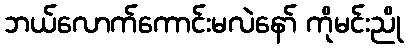
ဘယ်လောက်ကောင်းမလဲနော် ကိုမင်းညို